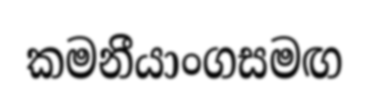
කමනීයාංගසමඟ